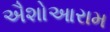
ઐશોઆરામ